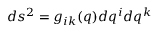
d s ^ { 2 } = g _ { i k } ( q ) d q ^ { i } d q ^ { k }